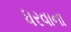
ધરવાના